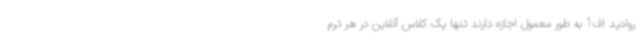
روادید اف1 به طور معمول اجازه دارند تنها یک کلاس آنلاین در هر ترم